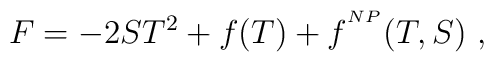
{ F} = -2ST^{2} + f(T) + f^{^{NP}}(T,S)\ ,